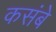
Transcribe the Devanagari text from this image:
कसंबे